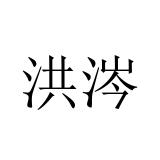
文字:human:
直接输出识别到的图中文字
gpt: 洪涔